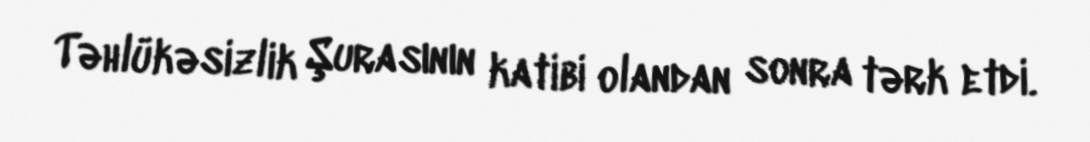
Təhlükəsizlik Şurasının katibi olandan sonra tərk etdi.